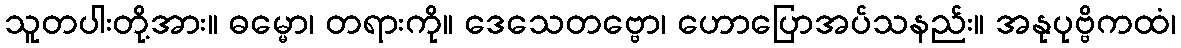
သူတပါးတို့အား။ ဓမ္မော၊ တရားကို။ ဒေသေတဗ္ဗော၊ ဟောပြောအပ်သနည်း။ အနုပုဗ္ဗိကထံ၊